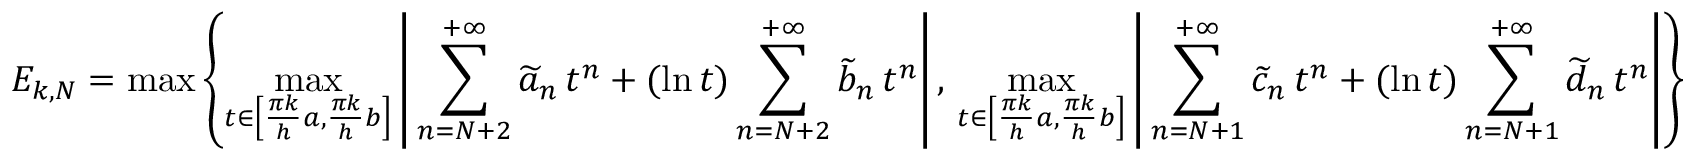
E _ { k , N } = \operatorname* { m a x } \left\{ \operatorname* { m a x } _ { t \in \left[ \frac { \pi k } { h } a , \frac { \pi k } { h } b \right] } \left| \, \sum _ { n = N + 2 } ^ { + \infty } \widetilde a _ { n } \, t ^ { n } + ( \ln t ) \sum _ { n = N + 2 } ^ { + \infty } \widetilde b _ { n } \, t ^ { n } \right| , \, \operatorname* { m a x } _ { t \in \left[ \frac { \pi k } { h } a , \frac { \pi k } { h } b \right] } \left| \, \sum _ { n = N + 1 } ^ { + \infty } \widetilde c _ { n } \, t ^ { n } + ( \ln t ) \sum _ { n = N + 1 } ^ { + \infty } \widetilde d _ { n } \, t ^ { n } \right| \right\}